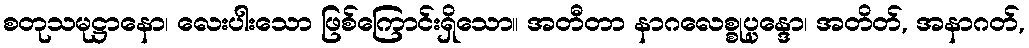
စတုသမုဋ္ဌာနော၊ လေးပါးသော ဖြစ်ကြောင်းရှိသော။ အတီတာ နာဂလေစ္စုပ္ပန္ဒော၊ အတိတ်, အနာဂတ်,